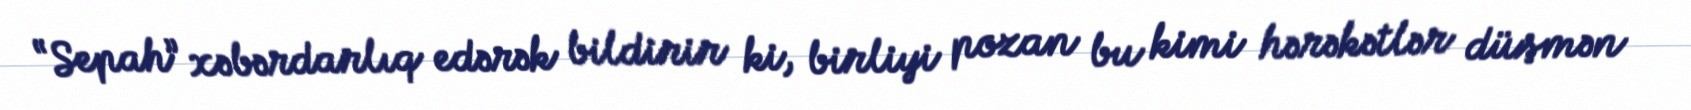
“Sepah” xəbərdarlıq edərək bildirir ki, birliyi pozan bu kimi hərəkətlər düşmən